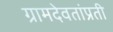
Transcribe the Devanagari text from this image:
ग्रामदेवतांप्रती